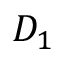
D _ { 1 }